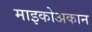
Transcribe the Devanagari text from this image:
माइकोअकान